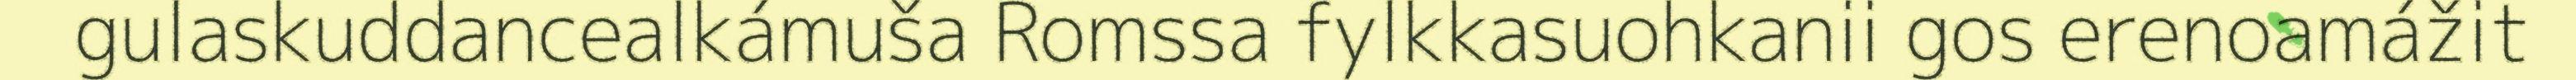
gulaskuddancealkámuša Romssa fylkkasuohkanii gos erenoamážit